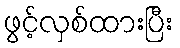
ဖွင့်လှစ်ထားပြီး